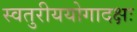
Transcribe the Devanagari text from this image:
स्वतुरीययोगादक्षः